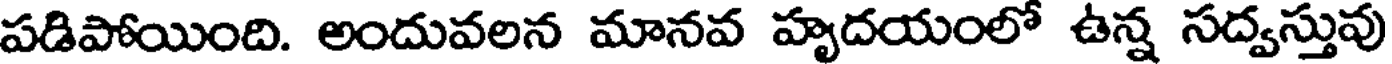
పడిపోయింది. అందువలన మానవ హృదయంలో ఉన్న సద్వస్తువు